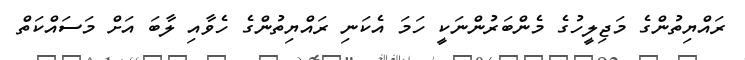
ރައްޔިތުންގެ މަޖިލީހުގެ މެންބަރުންނަކީ ހަމަ އެކަނި ރައްޔިތުންގެ ހެވާއި ލާބަ އަށް މަސައްކަތް